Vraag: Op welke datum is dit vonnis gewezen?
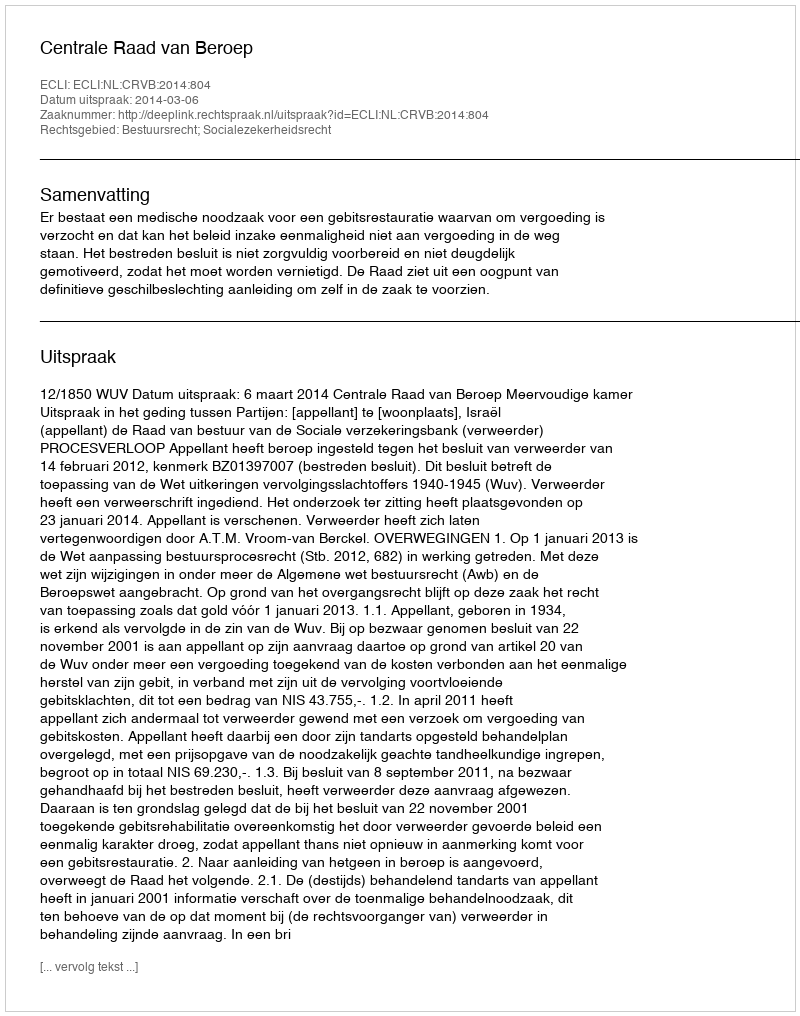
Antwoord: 2014-03-06